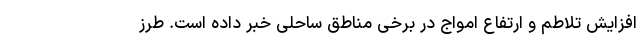
افزایش تلاطم و ارتفاع امواج در برخی مناطق ساحلی خبر داده است. طرز